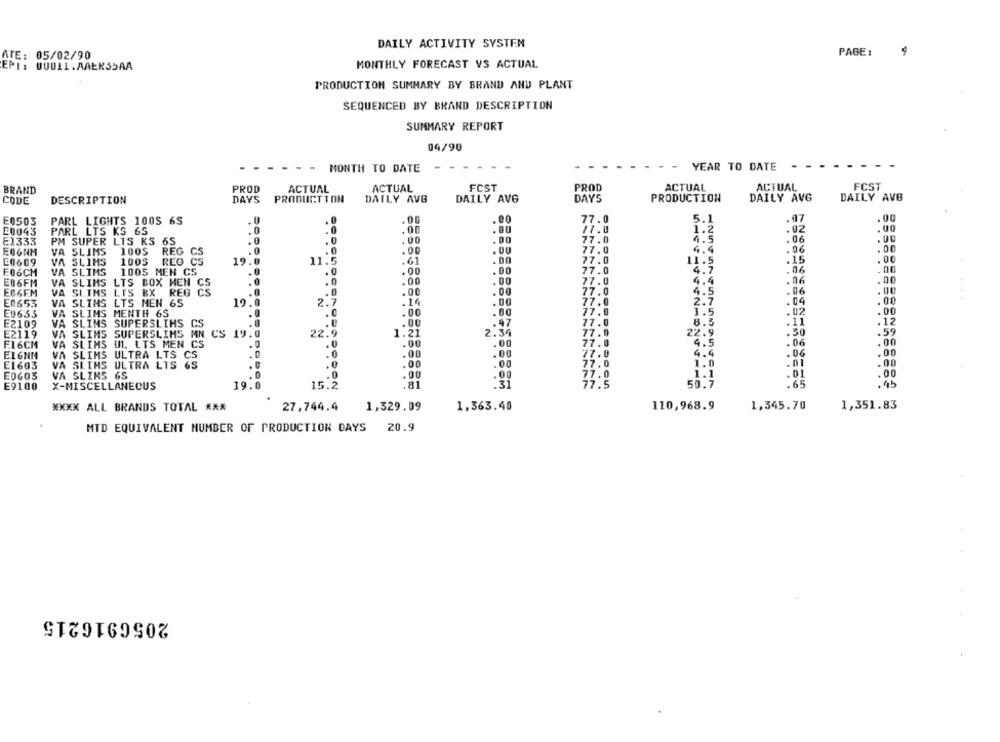
DAILY ACTIVITY SYSTEM
PAGE :
ATE: 05/02/90
EPI: QUDLI.AAEKSSAA
MONTHLY FORECAST VS ACTUAL
PRODUCTION SUMMARY BY BRAND AND PLANT
SEQUENCED BY BRAND DESCRIPTION
SUMMARY REPORT
04/90
-
- MONTH TO DATE
. .
YEAR TO DATE
- -
ACTUAL
FCST
BRAND
PROD
ACTUAL
ACTUAL
FCST
PROD
ACTUAL
CODE
DESCRIPTION
DAYS PRODUCTTON
DAILY AVG
DAILY AVG
DAY'S
PRODUCTION
DAILY AVG
DAILY AVB
E0503
PARL LIGHTS 1005 6S
.00
.00
77.0
5.1
.07
.00
E0043
PARL LTS KS 6S
.0
.00
17.0
1.2
.02
90
.00
E1333
PM SUPER LTS KS 6S
.0
.00
. DO
77.0
4.5
EOGNM
VA SLIMS
100$
REG CS
. 0
.0
.00
77.0
4.4
.06
.00
REG CS
11.5
.00
27.0
11.5
.15
.00
E0609
VA SLIMS
1005
19.0
.61
.06
.00
E06CM
VA SLIMS
1005 MEN CS
.0
.00
.00
77.0
4.7
E06FM
VA SLIMS
.0
.0
.00
.00
77.0
4.4
.06
.00
LTS BOX MEN CS
4.5
.06
E06EM
VA SLIMS LYS BX REG CS
.0
.00
.00
77.0
En653
VA
SLIMS LTS MEN 65
19.0
2.7
.14
. 00
77.
2.7
.04
.00
.00
.00
77.0
1.5
.02
.00
E0633
VA SLIMS MENTH 6S
.0
.12
E2109
VA SLIMS SUPERSLIHS CS
.U
.00
.47
77.0
8.5
.11
E2119
VA SLIMS SUPERSLIMS MN CS 19.0
22.9
1.21
2.34
77.0
22.9
.50
.59
.00
77.0
4.5
. 06
.00
F16CM
VA SLIMS (1. LTS MEN CS
. 0
.0
.00
EI6NM
VA SLIMS ULTRA LTS CS
.0
.0
.00
.00
77.0
4.4
.06
.00
E1603
VA SLIHS ULTRA LTS 6S
.0
.00
.00
77.0
1.0
.01
.00
.0
.01
E0603
VA SLIKS 6S
.00
.00
1.1
.00
E9100
X-MISCELLANEOUS
19.0
15.2
.81
50.7
.65
.45
XXXX ALL BRANDS TOTAL ***
27,744.4
1,329.09
1,363.40
110,968.9
1,345.70
1,351.83
MTD EQUIVALENT NUMBER OF PRODUCTION DAYS
20.9
2056916215